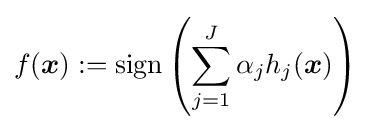
f({\boldsymbol {x}}):={\textrm {sign}}\left(\sum _{j=1}^{J}\alpha _{j}h_{j}({\boldsymbol {x}})\right)